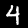
Digit: 4